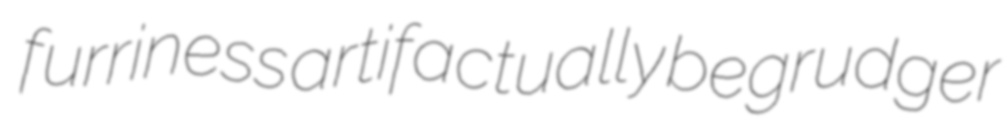
furriness artifactually begrudger